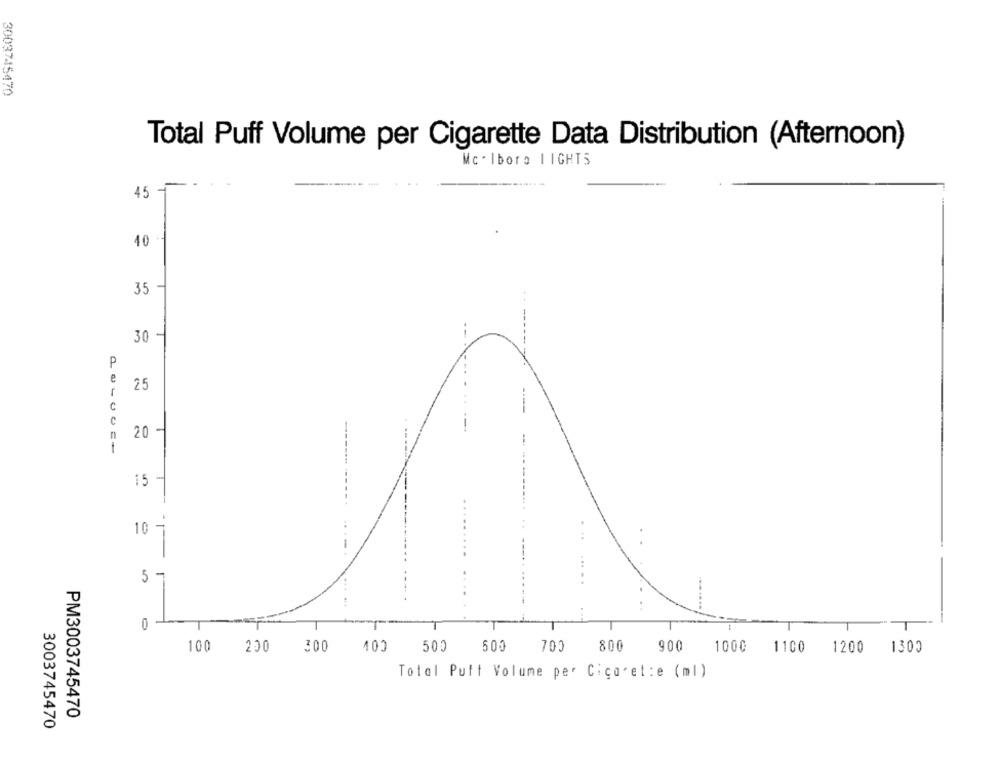
3003745470
Total Puff Volume per Cigarette Data Distribution (Afternoon)
Mc. Ibore LIGHTS
45 + . *
40-
35 -
30
P
e
25
C
n
20
-
15 -
10
.....
57
0
100
300
400
500
500
800
1000
1200
1300
200
700
900
1100
Total Putt Volume per Cicoret :e (ml)
PM3003745470
3003745470